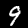
Label: 9